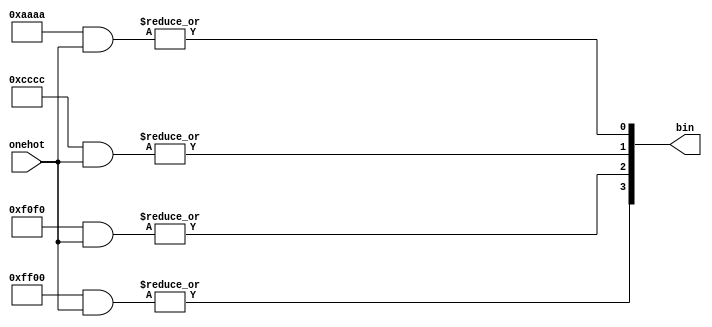
// Copyright 2007 Altera Corporation. All rights reserved.  
// Altera products are protected under numerous U.S. and foreign patents, 
// maskwork rights, copyrights and other intellectual property laws.  
//
// This reference design file, and your use thereof, is subject to and governed
// by the terms and conditions of the applicable Altera Reference Design 
// License Agreement (either as signed by you or found at www.altera.com).  By
// using this reference design file, you indicate your acceptance of such terms
// and conditions between you and Altera Corporation.  In the event that you do
// not agree with such terms and conditions, you may not use the reference 
// design file and please promptly destroy any copies you have made.
//
// This reference design file is being provided on an "as-is" basis and as an 
// accommodation and therefore all warranties, representations or guarantees of 
// any kind (whether express, implied or statutory) including, without 
// limitation, warranties of merchantability, non-infringement, or fitness for
// a particular purpose, are specifically disclaimed.  By making this reference
// design file available, Altera expressly does not recommend, suggest or 
// require that this reference design file be used in combination with any 
// other product not provided by Altera.
/////////////////////////////////////////////////////////////////////////////

// baeckler - 11-14-2006

module onehot_to_bin (onehot,bin);


parameter ONEHOT_WIDTH = 16;
parameter BIN_WIDTH = $clog2(ONEHOT_WIDTH);

input [ONEHOT_WIDTH-1:0] onehot;
output [BIN_WIDTH-1:0] bin;

genvar i,j;
generate
	for (j=0; j<BIN_WIDTH; j=j+1)
	begin : jl
		wire [ONEHOT_WIDTH-1:0] tmp_mask;
		for (i=0; i<ONEHOT_WIDTH; i=i+1)
		begin : il
			assign tmp_mask[i] = i[j];
		end	
		assign bin[j] = |(tmp_mask & onehot);
	end
endgenerate

endmodule